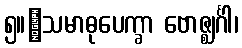
၅။	သမာဓုပေက္ခာ ဗောဇ္ဈင်္ဂါ၊